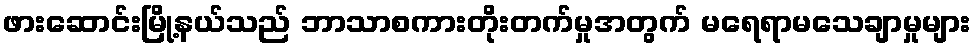
ဖားဆောင်းမြို့နယ်သည် ဘာသာစကားတိုးတက်မှုအတွက် မရေရာမသေချာမှုများ